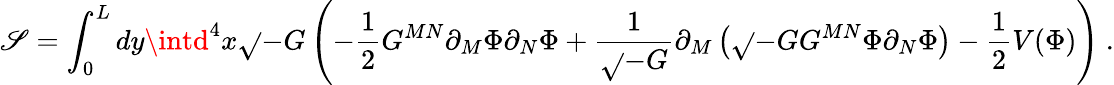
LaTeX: \mathscr{S}=\int_{0}^{L}dy\intd^{4}x\sqrt{}{{-G}}\left(-\frac{{1}}{{2}}G^{MN}\partial_{M}\Phi\partial_{N}\Phi+\frac{{1}}{{\sqrt{}{{-G}}}}\partial_{M}\left(\sqrt{}{{-G}}G^{MN}\Phi\partial_{N}\Phi\right)-\frac{{1}}{{2}}V(\Phi)\right)\ .